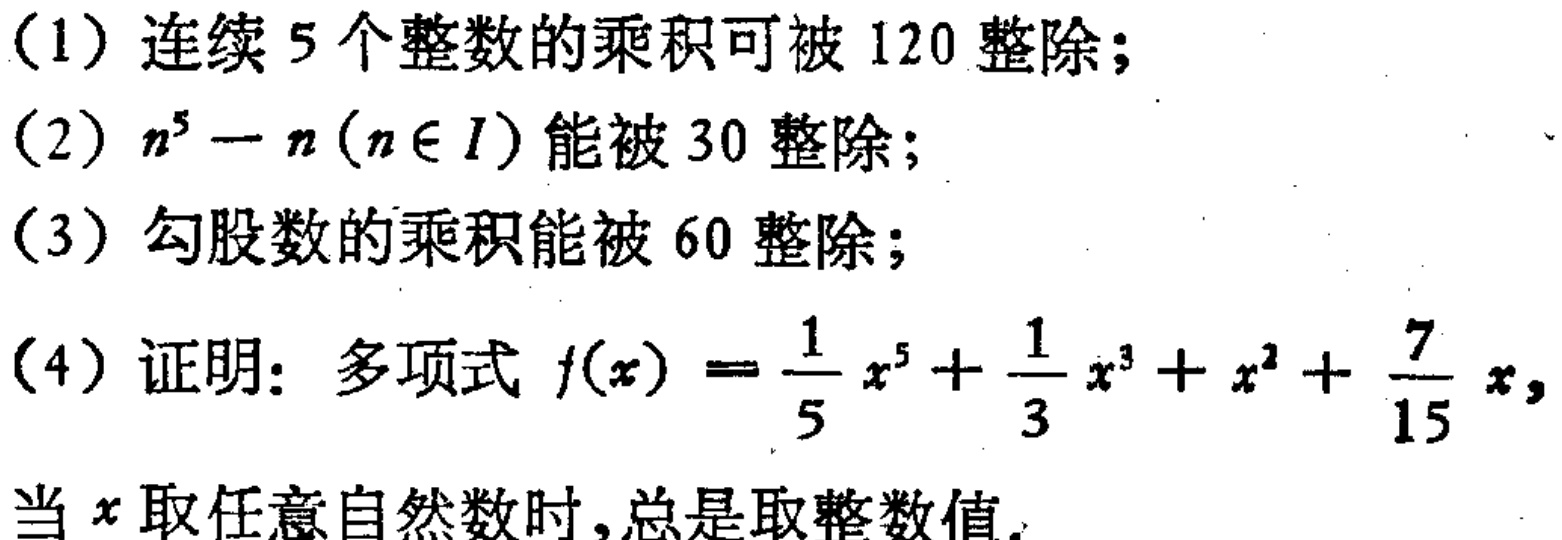
(1) 连续 5 个整数的乘积可被 120 整除；
(2) \(n^{5}-n(n\in I)\) 能被 30 整除；
(3) 勾股数的乘积能被 60 整除；
(4) 证明：多项式 \(f(x)=\frac{1}{5}x^{5}+\frac{1}{3}x^{3}+x^{2}+\frac{7}{15}x\)，当 \(x\) 取任意自然数时，总是取整数值。